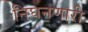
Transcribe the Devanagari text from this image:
निघनणारी